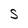
Character: S